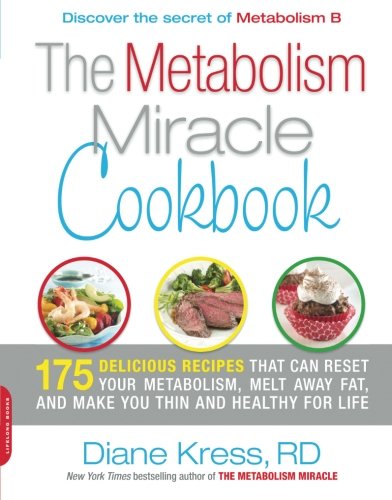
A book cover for The Metabolism Miracle Cookbook: 175 Delicious Meals that Can Reset Your Metabolism, Melt Away Fat, and Make You Thin and Healthy for Life; Diane Kress; Cookbooks, Food & Wine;